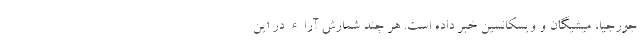
جورجیا، میشیگان و ویسکانسین خبر داده است. هر چند شمارش آراء در این